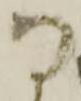
な